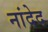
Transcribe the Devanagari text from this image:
नांदेद